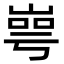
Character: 㟧